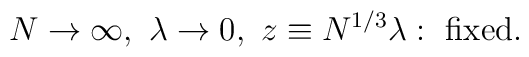
N\rightarrow\infty,\ \lambda\rightarrow 0,\ z\equiv N^{1/3}\lambda:\ \mbox{fixed}.